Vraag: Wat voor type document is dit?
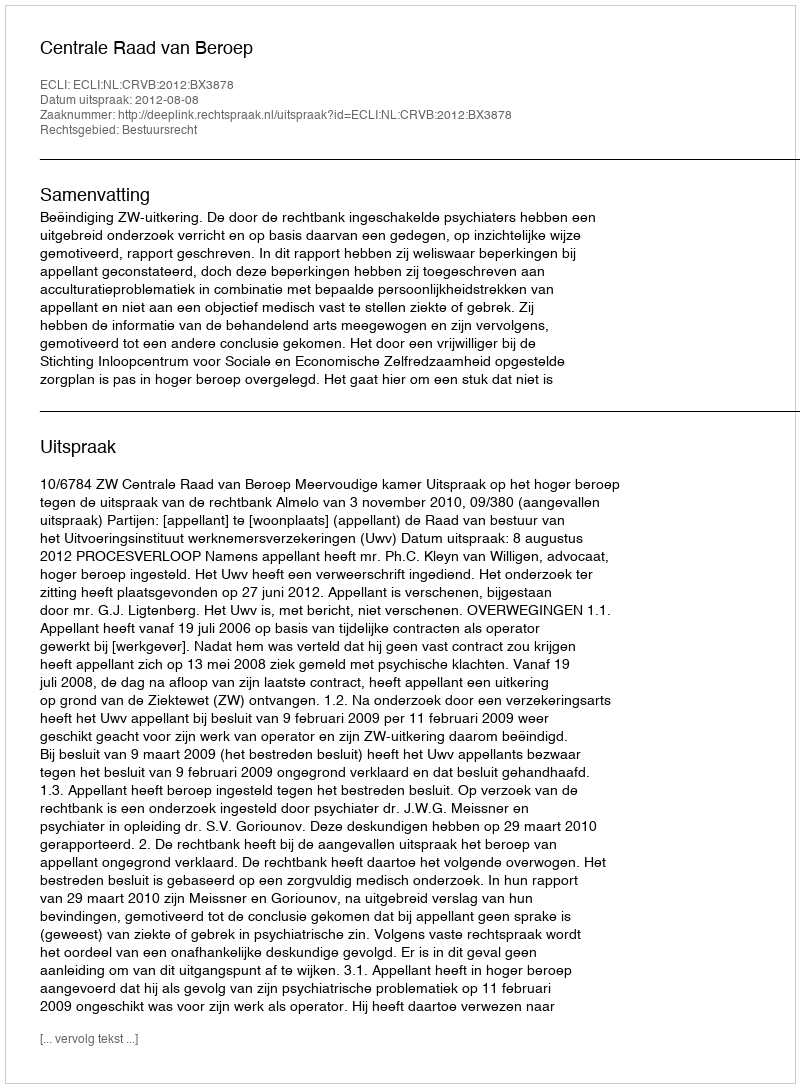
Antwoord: Uitspraak